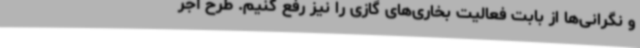
و نگرانی‌ها از بابت فعالیت بخاری‌های گازی را نیز رفع کنیم. طرح آجر